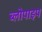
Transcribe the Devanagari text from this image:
ब्लोपाइप